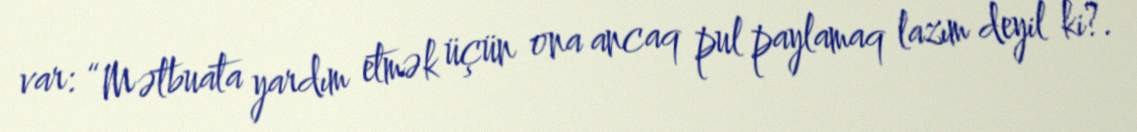
var: “Mətbuata yardım etmək üçün ona ancaq pul paylamaq lazım deyil ki?.